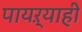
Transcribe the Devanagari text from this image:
पायऱ्याही